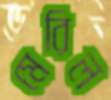
মেরিল